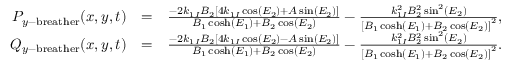
\begin{array} { r l r } { P _ { y \mathrm { - b r e a t h e r } } ( x , y , t ) } & { = } & { \frac { - 2 k _ { 1 I } B _ { 2 } \left[ 4 k _ { 1 I } \cos ( E _ { 2 } ) + A \sin ( E _ { 2 } ) \right] } { B _ { 1 } \cosh ( E _ { 1 } ) + B _ { 2 } \cos ( E _ { 2 } ) } - \frac { k _ { 1 I } ^ { 2 } B _ { 2 } ^ { 2 } \sin ^ { 2 } ( E _ { 2 } ) } { \left[ B _ { 1 } \cosh ( E _ { 1 } ) + B _ { 2 } \cos ( E _ { 2 } ) \right] ^ { 2 } } , \quad } \\ { Q _ { y \mathrm { - b r e a t h e r } } ( x , y , t ) } & { = } & { \frac { - 2 k _ { 1 I } B _ { 2 } \left[ 4 k _ { 1 I } \cos ( E _ { 2 } ) - A \sin ( E _ { 2 } ) \right] } { B _ { 1 } \cosh ( E _ { 1 } ) + B _ { 2 } \cos ( E _ { 2 } ) } - \frac { k _ { 1 I } ^ { 2 } B _ { 2 } ^ { 2 } \sin ^ { 2 } ( E _ { 2 } ) } { \left[ B _ { 1 } \cosh ( E _ { 1 } ) + B _ { 2 } \cos ( E _ { 2 } ) \right] ^ { 2 } } . \quad } \end{array}